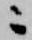
ニ